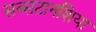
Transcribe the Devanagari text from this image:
सब्सटानशिया